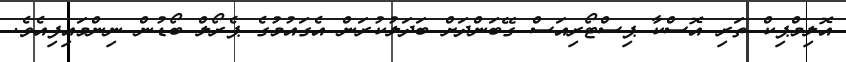
އޮލިމްޕިކް ތަރި އޮސްކާ ޕިސްޓޯރިއަސް ގޭބަންދަށް ބަދަލުކުރަން އެގައުމުގެ ޕެރޯލް ބޯޑުން ނިންމައިފިއެވެ.